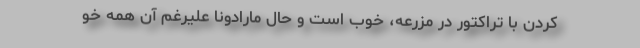
کردن با تراکتور در مزرعه، خوب است و حال مارادونا علیرغم آن همه خو